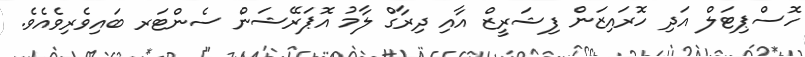
ހޮސްޕިޓަލް އަދި ހޮރައިޒަން ފިޝަރީޒް އާއި ދިރާގް ލާމު އޮޕަރޭޝަން ސެންޓަރ ބައިވެރިވެއެވެ.